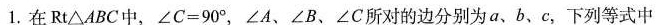
1.在Rt△ABC中，$$∠C = 90°$$，∠A、∠B、∠C所对的边分别为a、b、c，下列等式中